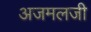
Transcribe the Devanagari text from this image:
अजमलजी